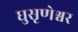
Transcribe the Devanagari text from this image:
घुसृणेश्वर